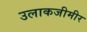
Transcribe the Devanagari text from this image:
उलाकजीमीर